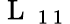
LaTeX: \mathrm{~L~}_{\mathrm{~1~1~}}